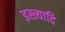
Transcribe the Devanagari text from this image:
इस्त्यादि